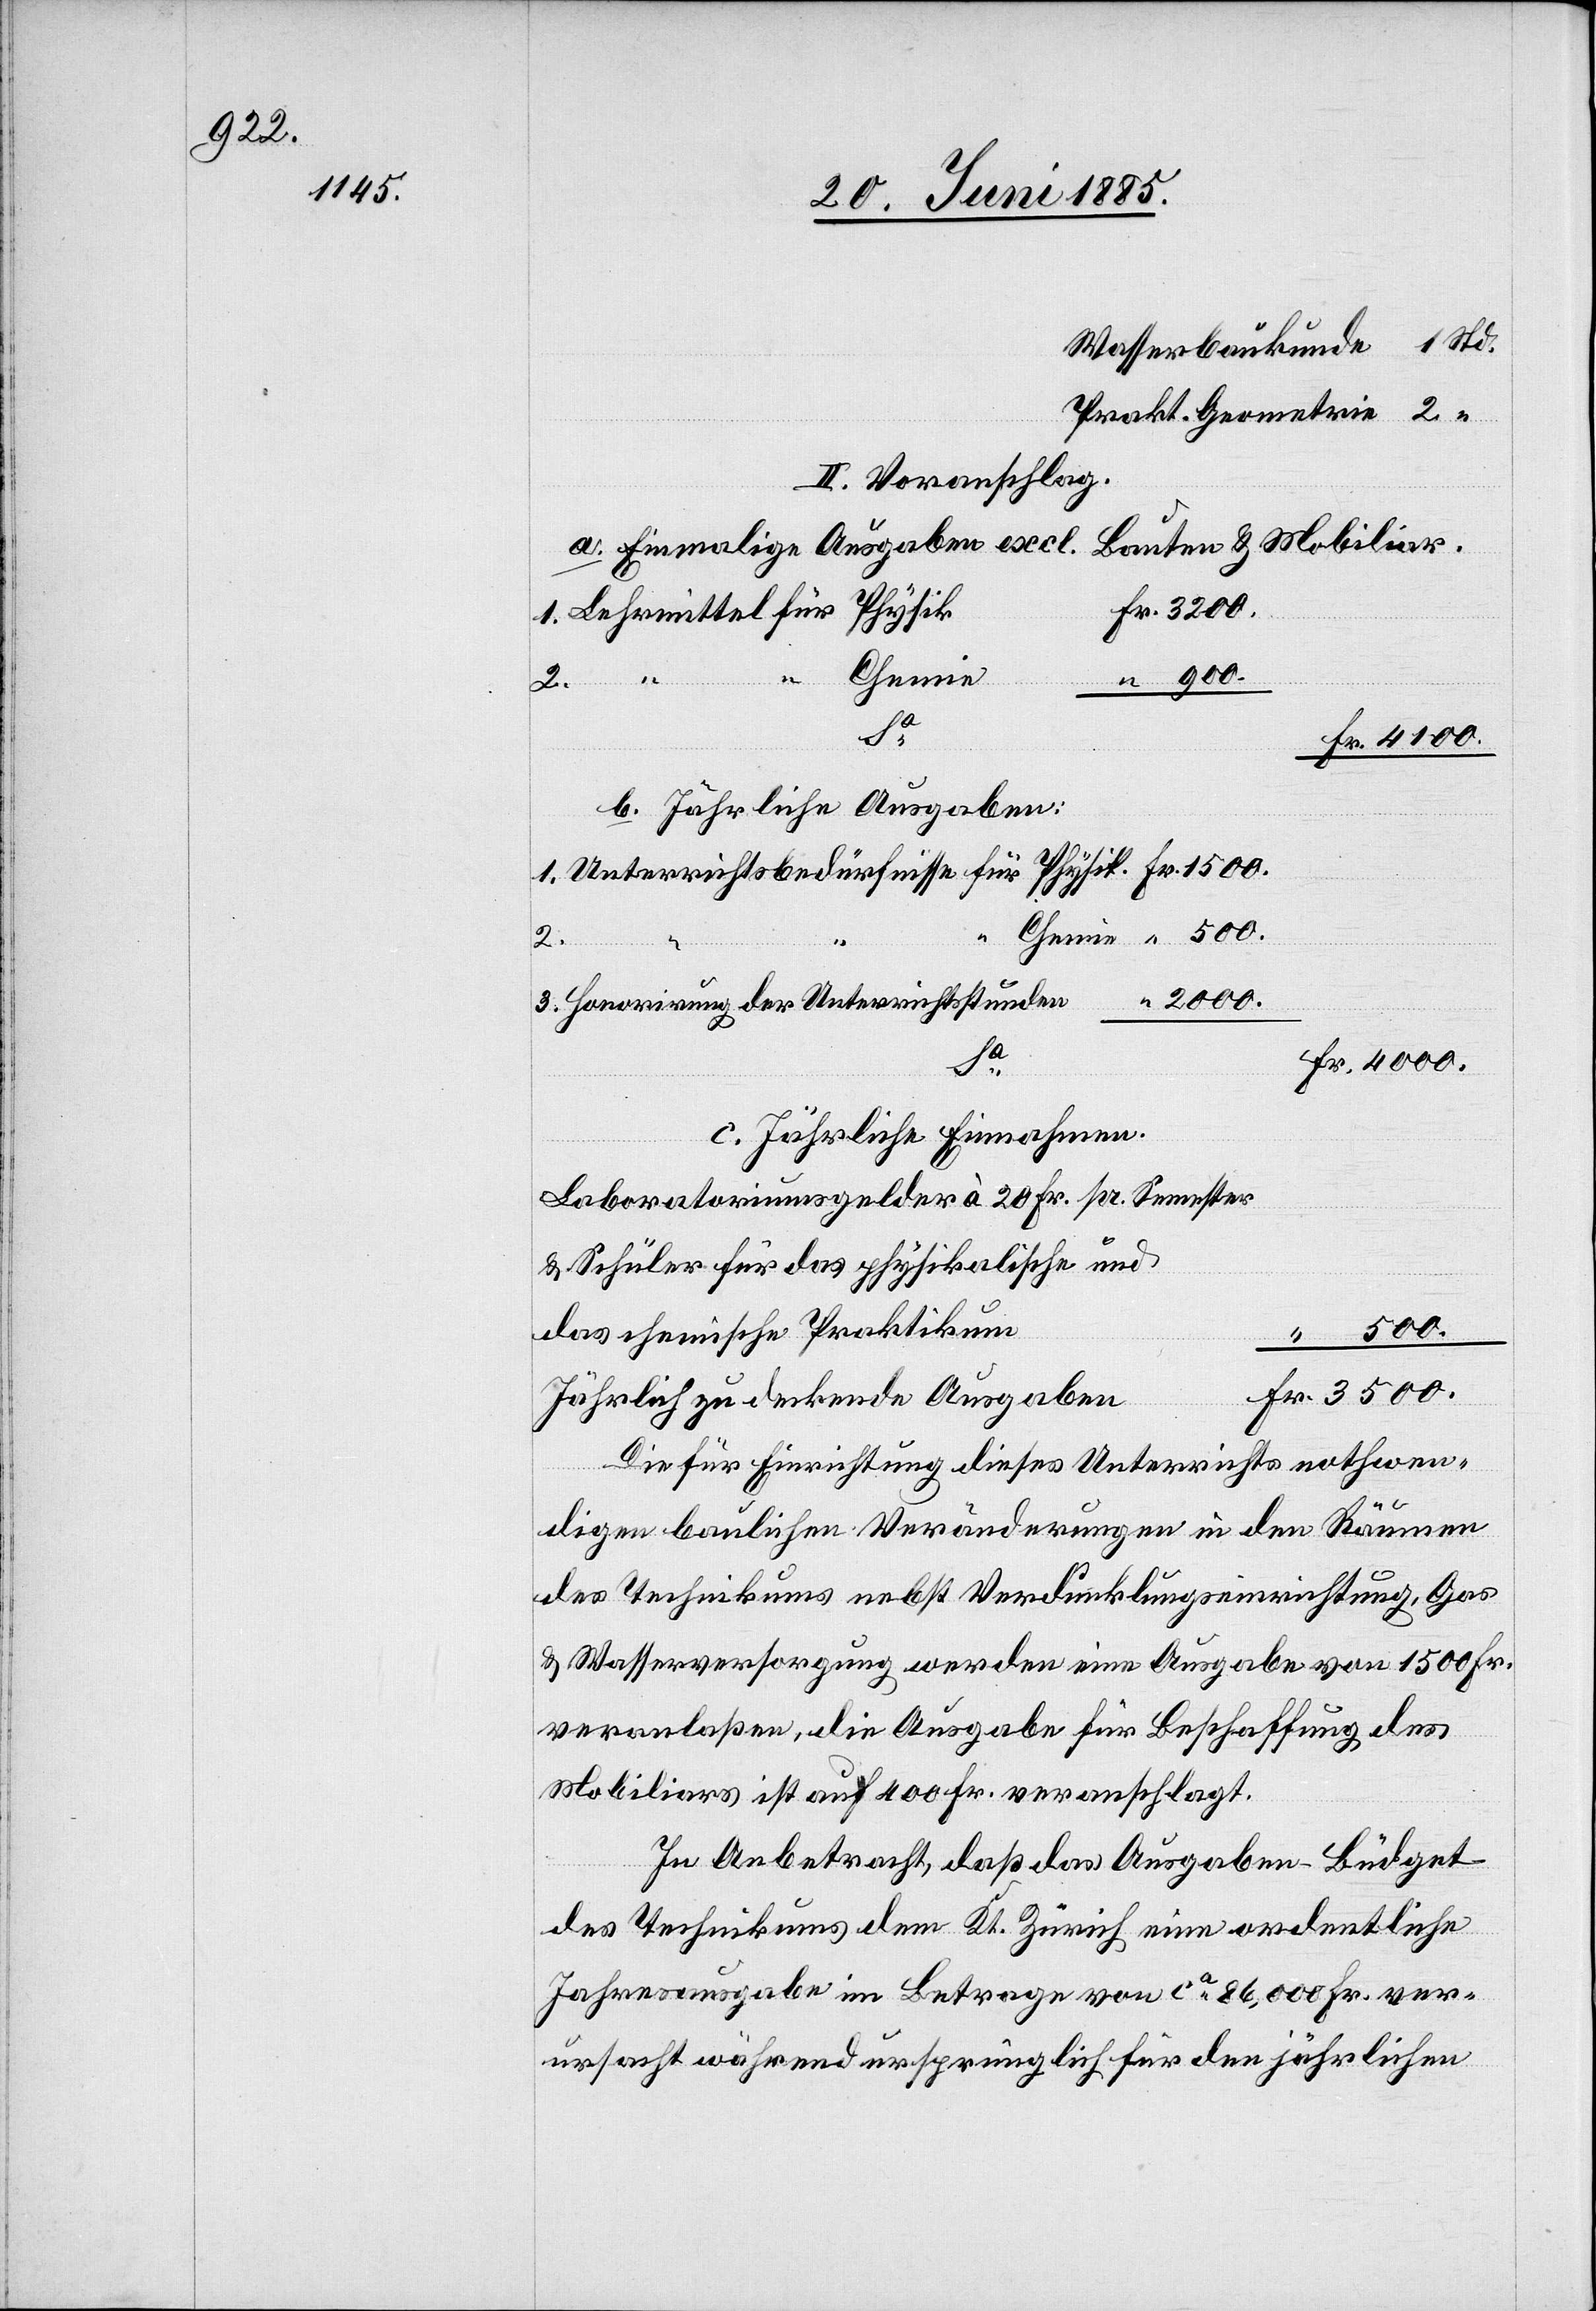
II. Voranschlag.
Bauten & Mobiliar.
a. Einmalige Ausgaben excl.
b. Jährliche Ausgaben:
2.
4000.
Honorirung der Unterrichtsstunden
“
Fr.
c. Jährliche Einnahmen:
Laboratoriumsgelder à 20 Fr. pr. Semester
& Schüler für das physikalische und
3500.
das technische Praktikum
3.
Jährlich zu deckende Ausgaben
Die für Einrichtung dieses Unterrichts nothwen¬
1.
digen baulichen Veränderungen in den Räumen
des Technikums nebst Verdunklungseinrichtung, Gas
& Wasserversorgung werden eine Ausgabe von 1500 Fr.
veranlaßen, die Ausgabe für Beschaffung des
Mobiliars ist auf 400 Fr. veranschlagt.
In Anbetracht, daß das Ausgaben-Büdget
des Technikums dem Kt. Zürich eine ordentliche
Jahresausgabe im Betrage von ca 86,000 Fr. ver¬
ursacht während ursprünglich für den jährlichen